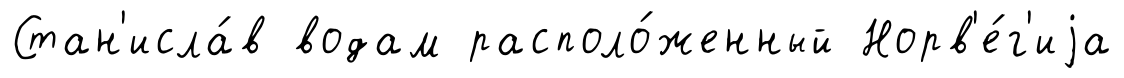
Стан'исла́в водам располо́женный Норв'е́г'иjа